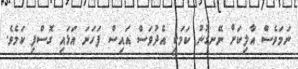
ނަމަވެސް އާލިކަށް ނޭނގުނު ކަމަކީ އެދުވަސް އައިސް ފަހަނަ އަޅައި ގޮސްފި ކަމެވެ.